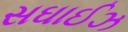
સઘાઈઝ